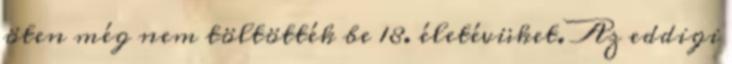
öten még nem töltötték be 18. életévüket. Az eddigi